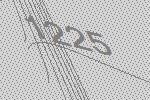
1225